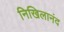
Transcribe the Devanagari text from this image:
निखिलानंद